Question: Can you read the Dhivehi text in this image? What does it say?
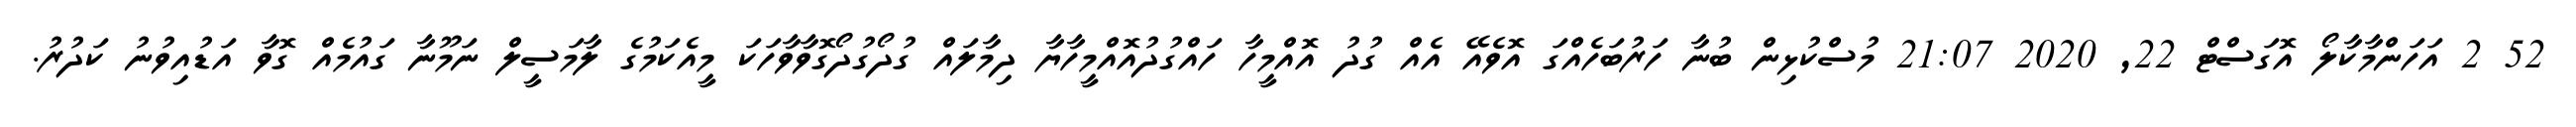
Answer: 52 2 އަހަންމާކާލޯ އޮގަސްޓް 22, 2020 21:07 މުސްކުޅިން ބުނާ ހަރުބަހެއްގަ އޮވެއޭ އެއް ގުދު އޮއްމީހާ ހައްގުދުއޮއްމީހާޔާ ދިމާލައް ގުދޯގުދޯގޮވާވާހަކަ މީއެކަމުގެ ލާމަސީލް ނަމޫނާ ގައުމެއް ގޮވާ އަޑުއިވުނު ކަދުރު.